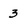
Character: 3